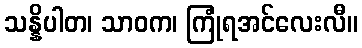
သန္နိပါတ၊ သာဝက၊ ကြုံရအင်လေးလီ။